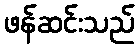
ဖန်ဆင်းသည်